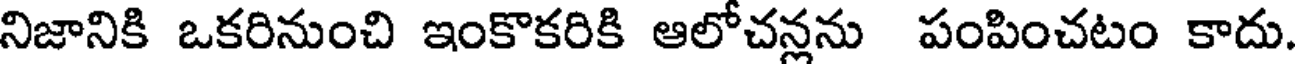
నిజానికి ఒకరినుంచి ఇంకొకరికి ఆలోచన్లను పంపించటం కాదు.